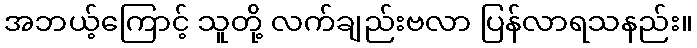
အဘယ့်ကြောင့် သူတို့ လက်ချည်းဗလာ ပြန်လာရသနည်း။